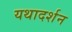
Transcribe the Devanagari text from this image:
यथादर्शन